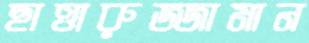
ছাত্তারুজ্জামান